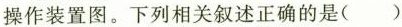
操作装置图。下列相关叙述正确的是（ ）